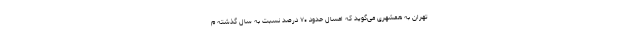
تهران به همشهری می‌گوید که امسال حدود ۷۰ درصد نسبت به سال گذشته م